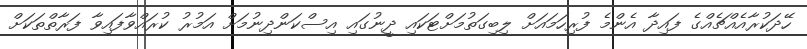
ހޭދަކުރާއެއްޗެއްގެ ފައިދާ އެންމެ ފުރިހަމައަށް ލިބިގަތުމަށްޓަކައި ދީނުގައި އިސްކަންދިނުމަށް އަމުރު ކުރައްވާފައިވާ ފަރާތްތަކަށް